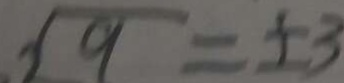
\sqrt { 9 } = \pm 3